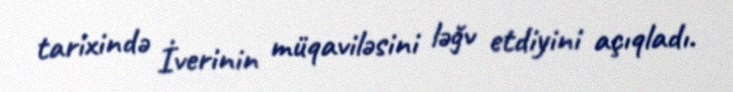
tarixində İverinin müqaviləsini ləğv etdiyini açıqladı.